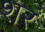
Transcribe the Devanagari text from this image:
शरं